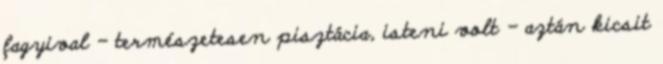
fagyival - természetesen pisztácia, isteni volt - aztán kicsit